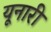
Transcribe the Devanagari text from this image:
यूनारी